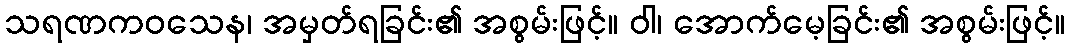
သရဏကဝသေန၊ အမှတ်ရခြင်း၏ အစွမ်းဖြင့်။ ဝါ၊ အောက်မေ့ခြင်း၏ အစွမ်းဖြင့်။